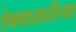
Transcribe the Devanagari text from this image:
ऐक्यासाठीच्या